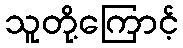
သူတို့ကြောင့်